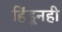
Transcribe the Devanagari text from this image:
हिंडूनही